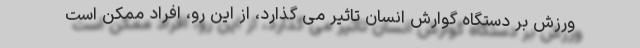
ورزش بر دستگاه گوارش انسان تاثیر می گذارد، از این رو، افراد ممکن است